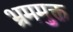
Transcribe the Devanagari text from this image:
भ्रममुक्त